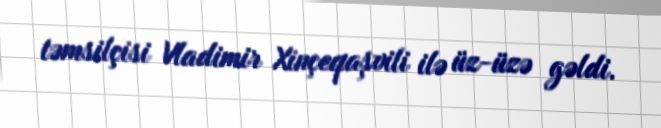
təmsilçisi Vladimir Xinçeqaşvili ilə üz-üzə gəldi.